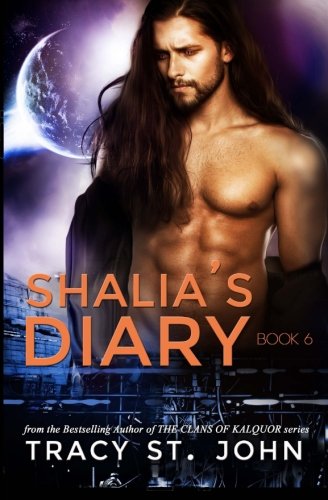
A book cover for Shalia's Diary Book 6 (Volume 6); Tracy St. John; Romance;